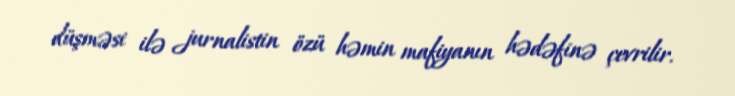
düşməsi ilə jurnalistin özü həmin mafiyanın hədəfinə çevrilir.